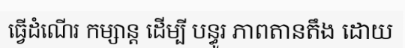
ធ្វើដំណើរ កម្សាន្ត ដើម្បី បន្ធូរ ភាពតានតឹង ដោយ